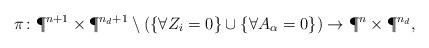
LaTeX: \begin{align*} \pi \colon \P^{n+1}\times\P^{n_{d}+1} \setminus \left(\{\forall Z_{i}=0\}\cup\{\forall A_{\alpha}=0\}\right) \to \P^{n}\times\P^{n_{d}},\end{align*}